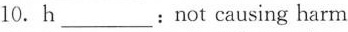
10. h___: not causing harm